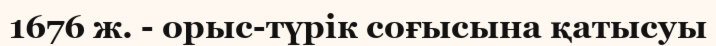
1676 ж. - орыс-түрік соғысына қатысуы